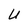
Character: U